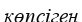
көпсіген